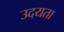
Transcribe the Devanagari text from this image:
उदयता